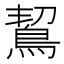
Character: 𪀡